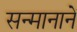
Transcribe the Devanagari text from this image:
सन्मानानें